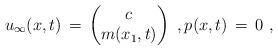
LaTeX: \begin{align*} u_\infty(x,t) \,=\, \begin{pmatrix}c \\ m(x_1,t)\end{pmatrix}~, p(x,t) \,=\, 0~,\end{align*}